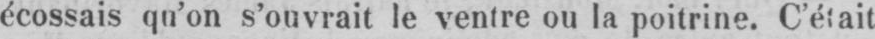
écossais qu’on s’ouvrait le ventre ou la poitrine. C’était